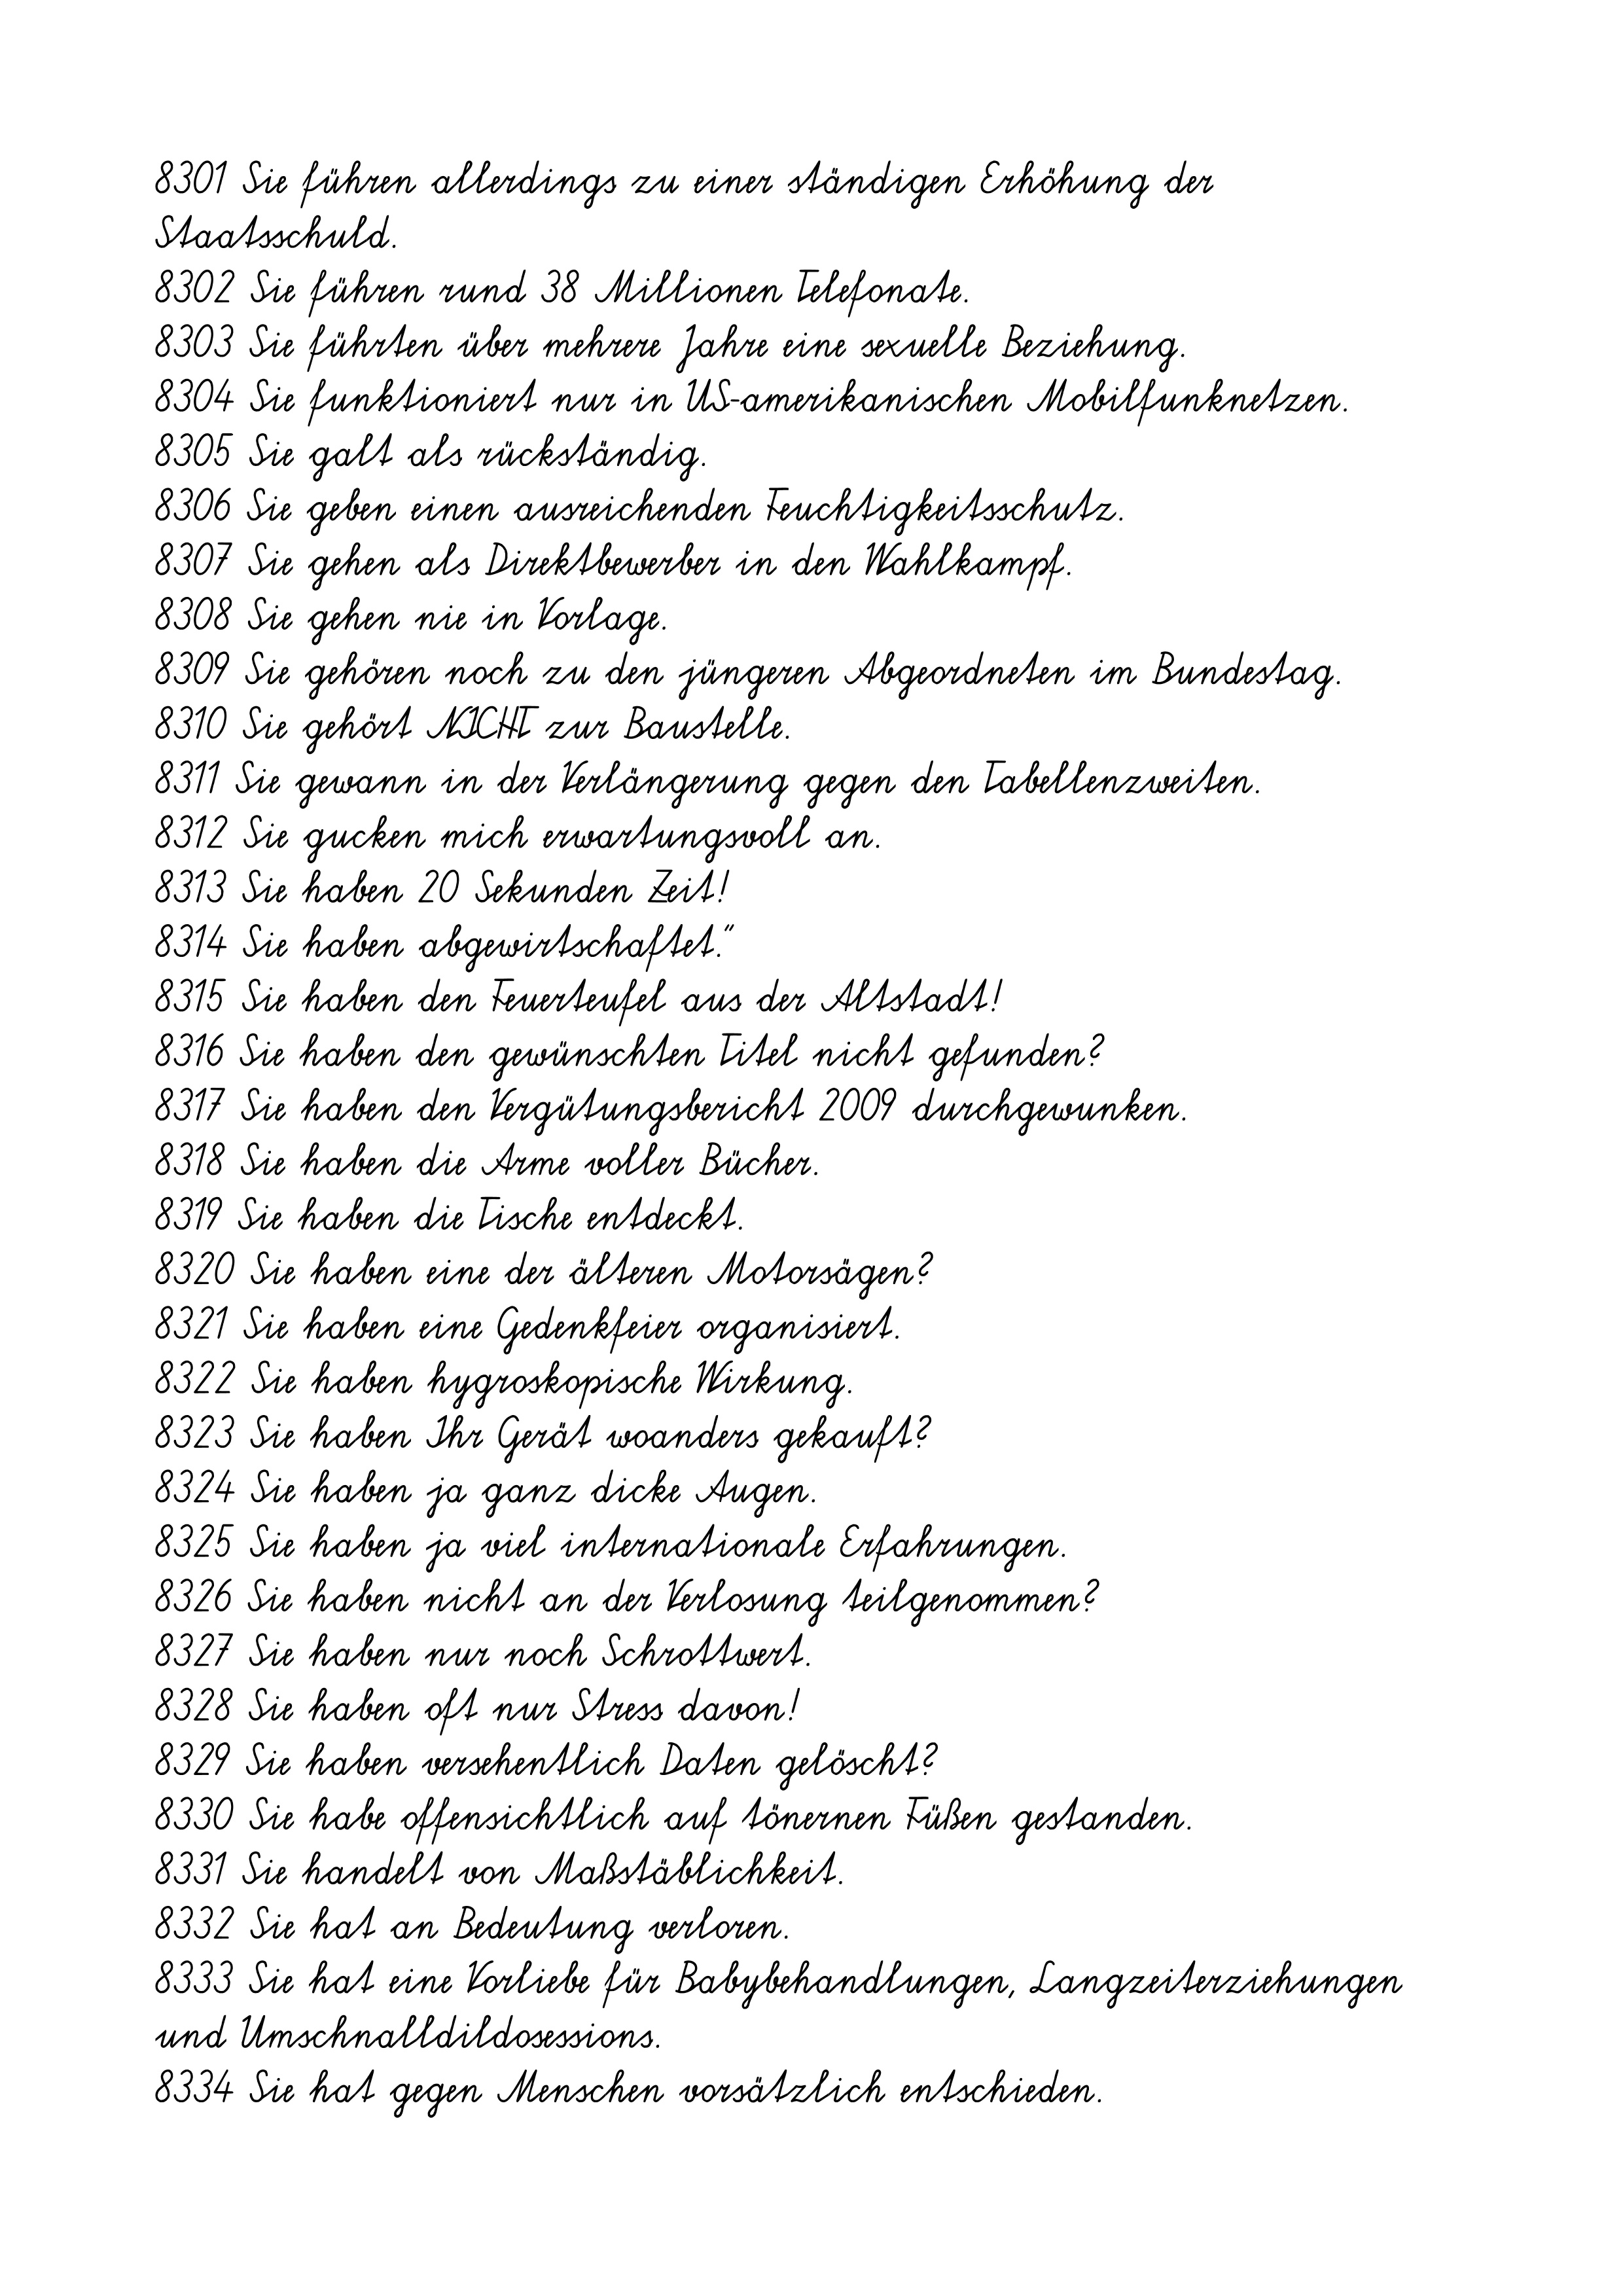
8301 Sie führen allerdings zu einer ständigen Erhöhung der
Staatsschuld.
8302 Sie führen rund 38 Millionen Telefonate.
8303 Sie führten über mehrere Jahre eine sexuelle Beziehung.
8304 Sie funktioniert nur in US-amerikanischen Mobilfunknetzen.
8305 Sie galt als rückständig.
8306 Sie geben einen ausreichenden Feuchtigkeitsschutz.
8307 Sie gehen als Direktbewerber in den Wahlkampf.
8308 Sie gehen nie in Vorlage.
8309 Sie gehören noch zu den jüngeren Abgeordneten im Bundestag.
8310 Sie gehört NICHT zur Baustelle.
8311 Sie gewann in der Verlängerung gegen den Tabellenzweiten.
8312 Sie gucken mich erwartungsvoll an.
8313 Sie haben 20 Sekunden Zeit!
8314 Sie haben abgewirtschaftet."
8315 Sie haben den Feuerteufel aus der Altstadt!
8316 Sie haben den gewünschten Titel nicht gefunden?
8317 Sie haben den Vergütungsbericht 2009 durchgewunken.
8318 Sie haben die Arme voller Bücher.
8319 Sie haben die Tische entdeckt.
8320 Sie haben eine der älteren Motorsägen?
8321 Sie haben eine Gedenkfeier organisiert.
8322 Sie haben hygroskopische Wirkung.
8323 Sie haben Ihr Gerät woanders gekauft?
8324 Sie haben ja ganz dicke Augen.
8325 Sie haben ja viel internationale Erfahrungen.
8326 Sie haben nicht an der Verlosung teilgenommen?
8327 Sie haben nur noch Schrottwert.
8328 Sie haben oft nur Stress davon!
8329 Sie haben versehentlich Daten gelöscht?
8330 Sie habe offensichtlich auf tönernen Füßen gestanden.
8331 Sie handelt von Maßstäblichkeit.
8332 Sie hat an Bedeutung verloren.
8333 Sie hat eine Vorliebe für Babybehandlungen, Langzeiterziehungen
und Umschnalldildosessions.
8334 Sie hat gegen Menschen vorsätzlich entschieden.